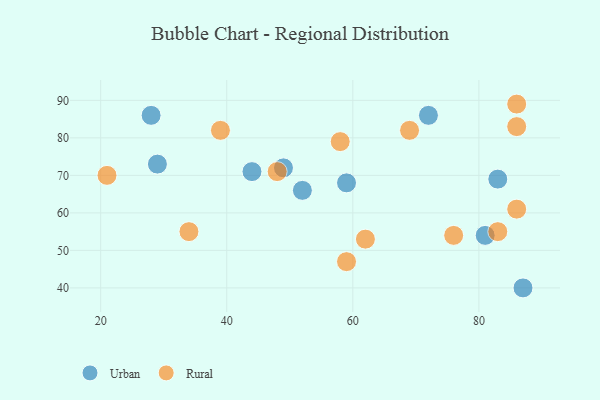
{"axis": {"x": "GDP", "y": "Life Expectancy"}, "legend": ["Rural", "Urban"], "data": [{"x": "87", "y": 40, "type": "Urban"}, {"x": "44", "y": 71, "type": "Urban"}, {"x": "29", "y": 73, "type": "Urban"}, {"x": "49", "y": 72, "type": "Urban"}, {"x": "52", "y": 66, "type": "Urban"}, {"x": "59", "y": 68, "type": "Urban"}, {"x": "72", "y": 86, "type": "Urban"}, {"x": "28", "y": 86, "type": "Urban"}, {"x": "83", "y": 69, "type": "Urban"}, {"x": "81", "y": 54, "type": "Urban"}, {"x": "83", "y": 55, "type": "Rural"}, {"x": "34", "y": 55, "type": "Rural"}, {"x": "59", "y": 47, "type": "Rural"}, {"x": "21", "y": 70, "type": "Rural"}, {"x": "58", "y": 79, "type": "Rural"}, {"x": "48", "y": 71, "type": "Rural"}, {"x": "39", "y": 82, "type": "Rural"}, {"x": "86", "y": 89, "type": "Rural"}, {"x": "69", "y": 82, "type": "Rural"}, {"x": "86", "y": 61, "type": "Rural"}, {"x": "86", "y": 83, "type": "Rural"}, {"x": "62", "y": 53, "type": "Rural"}, {"x": "76", "y": 54, "type": "Rural"}]}